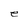
Character: e